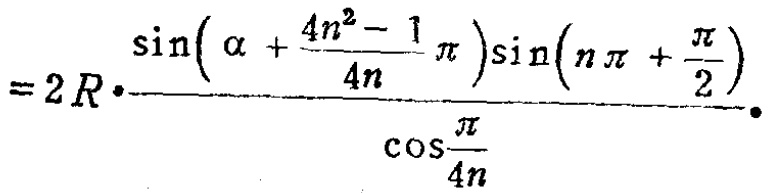
$=2R\cdot\frac{\sin\left(\alpha+\frac{4n^{2}-1}{4n}\pi\right)\sin\left(n\pi+\frac{\pi}{2}\right)}{\cos\frac{\pi}{4n}}.$